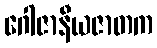
ဂေါဇာနီယဇာတက